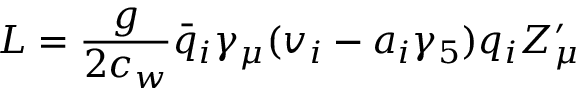
{ \cal L } = { \frac { g } { 2 c _ { w } } } { \bar { q } } _ { i } { \gamma _ { \mu } } ( v _ { i } - a _ { i } \gamma _ { 5 } ) q _ { i } Z _ { \mu } ^ { \prime }